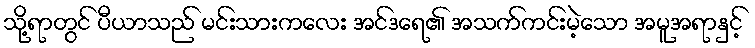
သို့ရာတွင် ပီယာသည် မင်းသားကလေး အင်ဒရေ၏ အသက်ကင်းမဲ့သော အမူအရာနှင့်